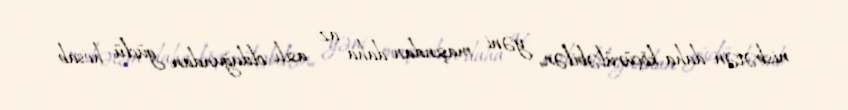
nisbətən daha köçürüləbilən, yəni maşından daha az asılı olduğundan güclü hesab